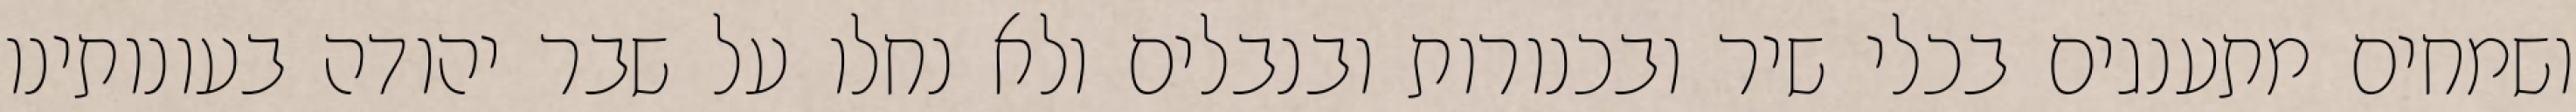
ושמחים מתענגים בכלי שיר ובכנורות ובנבלים ולא נחלו על שבר יהודה בעונותינו